Annual report of the Punjab Veterinary College and of the Civil Veterinary Department, Punjab - 1894-1908
Year: 1894
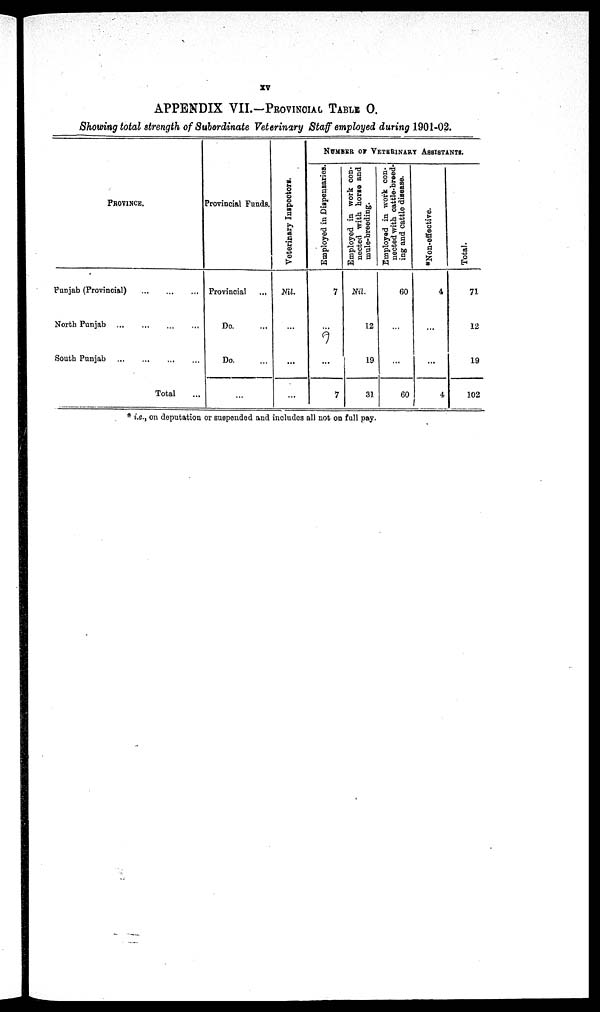
XV
APPENDIX VII.—PROVINCIAL TABLE O
Showing total strength of Subordinate Veterinary Staff employed during 1901-02.
PROVINCE.
Punjab (Provincial)
...
...
...
North Punjab ... ... ... ... ...
South Punjab ... ... ... ... ...
Total
Provincial Funds.
Provincial
...
Do.
Do.
...
Veterinary I ns pect or s .
Nil.
...
...
...
NUMBER OF VETERINARY ASSISTANTS.
Employed in Dispensaries.
7
...
...
7
Employed in work con-
nected with horse and
mule-breeding.
Nil.
12
19
31
Employed in work con-
nected with cattle-breed-
ing and cattle disease.
60
...
...
60
*Non-effective.
4
...
...
4
Total.
71
12
19
102
* i.e., on deputation or suspended and includes all not on full pay.